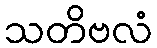
သတိဗလံ